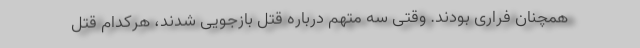
همچنان فراری بودند. وقتی سه متهم درباره قتل بازجویی شدند، هرکدام قتل